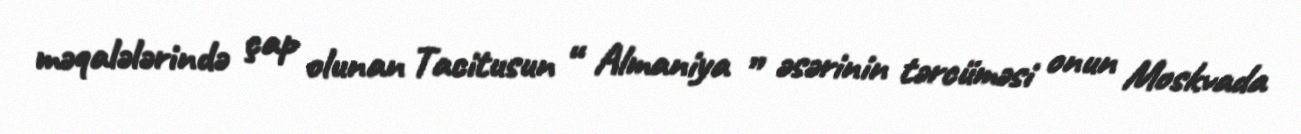
məqalələrində çap olunan Tacitusun “ Almaniya ” əsərinin tərcüməsi onun Moskvada